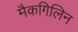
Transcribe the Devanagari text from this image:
मैकगिलिन